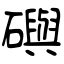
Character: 礖